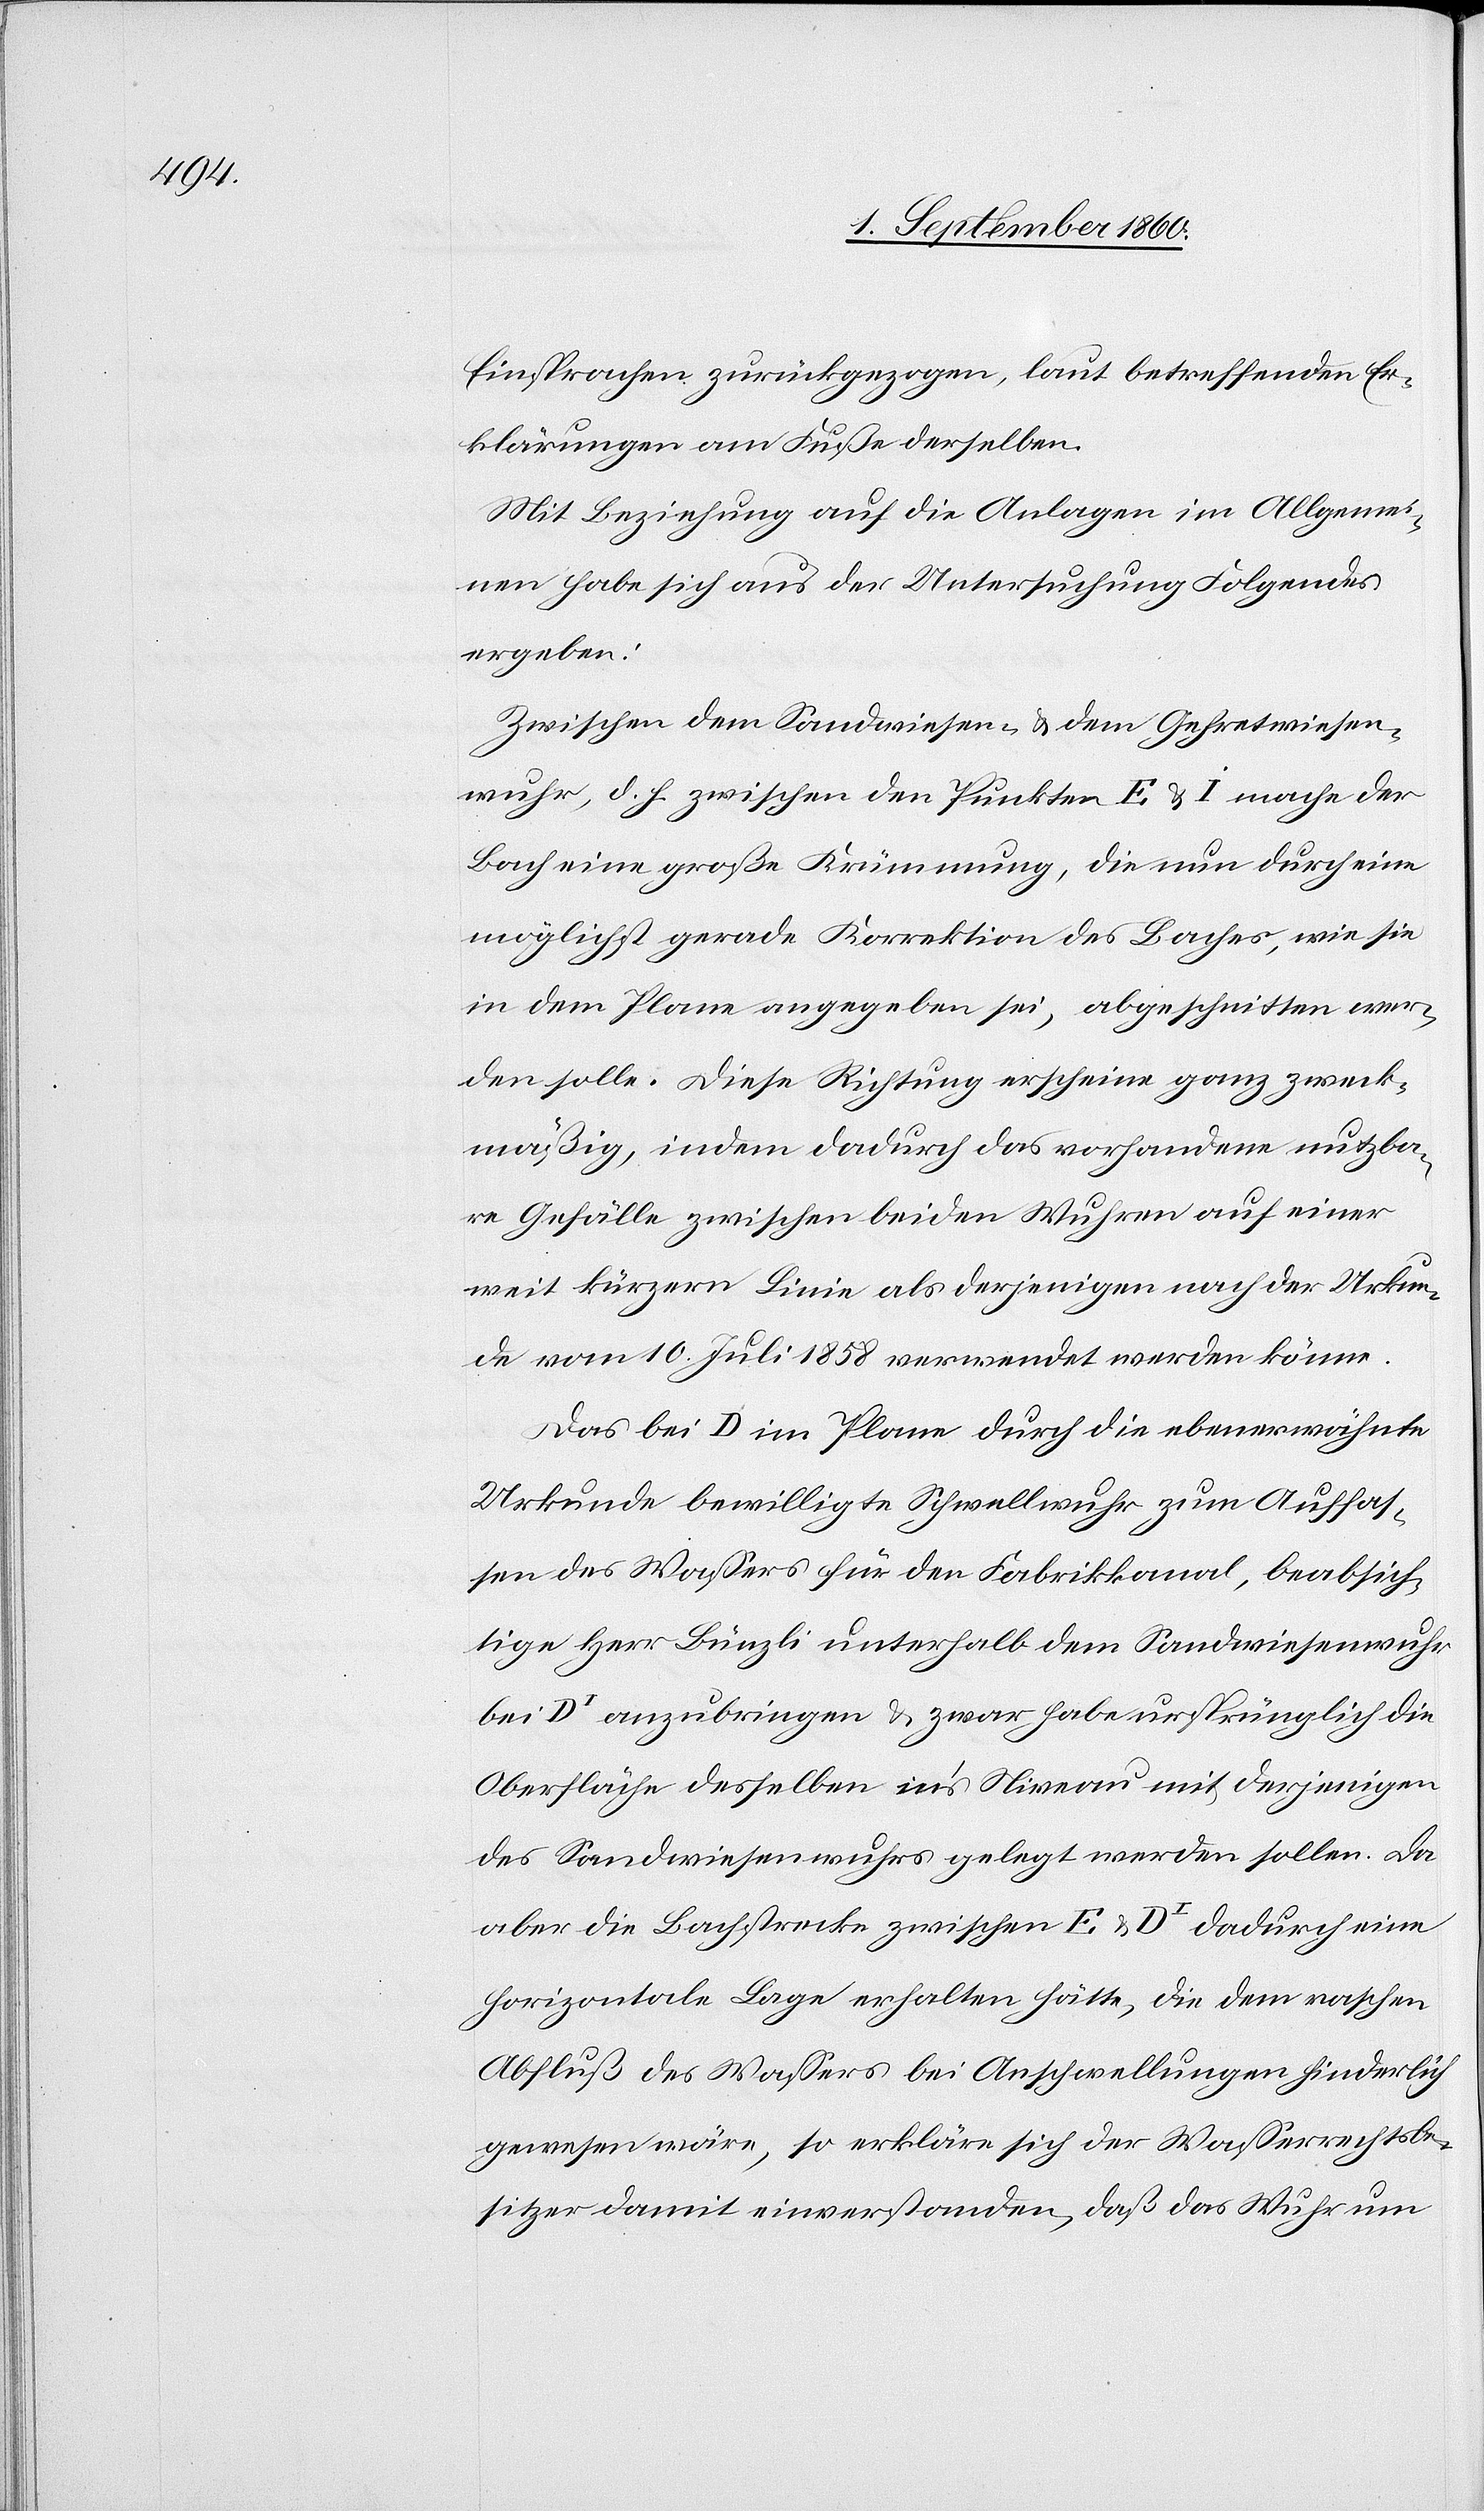
Einsprachen zurückgezogen, laut betreffenden Er¬
klärungen am Fusse derselben.
Mit Beziehung auf die Anlagen im Allgemei¬
nen habe sich aus der Untersuchung Folgendes
ergeben.
Zwischen dem Sandwiesen- u. dem Gehretwiesen¬
wuhr, d. h. zwischen den Punkten E u. I, mache der
Bach eine grosse Krümmung, die nun durch eine
möglichst gerade Korrektion des Baches, wie sie
in dem Plane angegeben sei, abgeschnitten wer¬
den solle. Diese Richtung erscheine ganz zweck¬
mässig, indem dadurch das vorhandene nutzba¬
re Gefälle zwischen beiden Wuhren auf einer
weit kürzern Linie als derjenigen nach der Urkun¬
de vom 10. Juli 1858 verwendet werden könne.
Das bei D. im Plane durch die ebenerwähnte
Urkunde bewilligte Schwellwuhr zum Auffas¬
sen des Wassers für den Fabrikkanal, beabsich¬
tige Hr. Bünzli unterhalb dem Sandwiesenwuhr
bei DI anzubringen u. zwar habe ursprünglich die
Oberfläche desselben ins Niveau mit derjenigen
des Sandwiesenwuhrs gelegt werden sollen. Da
aber die Bachstrecke zwischen E. u. DI dadurch eine
horizontale Lage erhalten hätte, die dem raschen
Abfluss des Wassers bei Anschwellungen hinderlich
gewesen wäre, so erkläre sich der Wasserrechtsbe¬
sitzer damit einverstanden, dass das Wuhr um